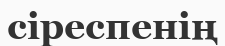
сіреспенің